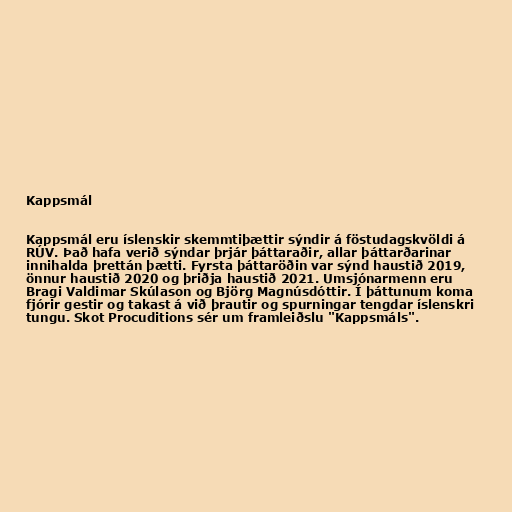
Kappsmál

Kappsmál eru íslenskir skemmtiþættir sýndir á föstudagskvöldi á
RÚV. Það hafa verið sýndar þrjár þáttaraðir, allar þáttarðarinar
innihalda þrettán þætti. Fyrsta þáttaröðin var sýnd haustið 2019,
önnur haustið 2020 og þriðja haustið 2021. Umsjónarmenn eru
Bragi Valdimar Skúlason og Björg Magnúsdóttir. Í þáttunum koma
fjórir gestir og takast á við þrautir og spurningar tengdar íslenskri
tungu. Skot Procuditions sér um framleiðslu "Kappsmáls".